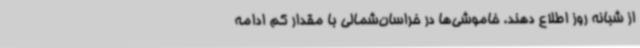
از شبانه روز اطلاع دهند. خاموشی‌ها در خراسان‌شمالی با مقدار کم ادامه